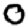
Digit: 0